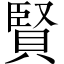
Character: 賢